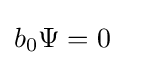
b_{0}\Psi =0\left.\right.\